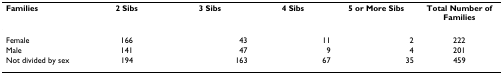
| Families | 2 Sibs | 3 Sibs | 4 Sibs | 5 or More Sibs | Total Number of Families |
 | --- | --- | --- | --- | --- | --- |
 | Female | 166 | 43 | 11 | 2 | 222 |
 | Male | 141 | 47 | 9 | 4 | 201 |
 | Not divided by sex | 194 | 163 | 67 | 35 | 459 |